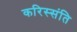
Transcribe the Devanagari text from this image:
करिस्संति